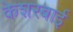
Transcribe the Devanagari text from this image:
केशरबाई